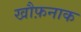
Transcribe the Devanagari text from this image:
खौफ़नाक